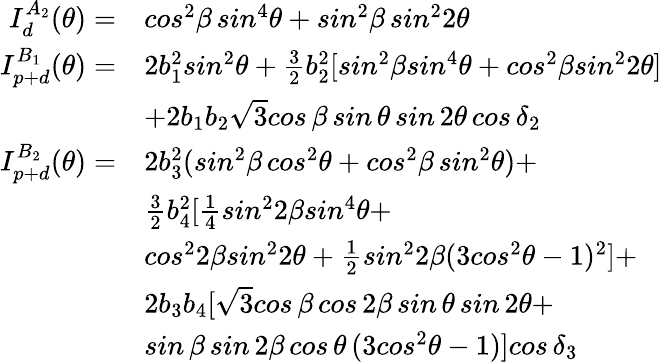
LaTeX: \begin{array}{rl}{I_{d}^{A_{2}}(\theta)=}&{cos^{2}\beta\, sin^{4}\theta+sin^{2}\beta\, sin^{2}2\theta}\\ {I_{p+d}^{B_{1}}(\theta)=}&{2b_{1}^{2}sin^{2}\theta+\frac{3}{2}b_{2}^{2}[sin^{2}\beta sin^{4}\theta+cos^{2}\beta sin^{2}2\theta]}\\ &{+2b_{1}b_{2}\sqrt{3}cos\, \beta\, sin\, \theta\, sin\, 2\theta\, cos\, \delta_{2}}\\ {I_{p+d}^{B_{2}}(\theta)=}&{2b_{3}^{2}(sin^{2}\beta\, cos^{2}\theta+cos^{2}\beta\, sin^{2}\theta)+}\\ &{\frac{3}{2}b_{4}^{2}[\frac{1}{4}sin^{2}2\beta sin^{4}\theta+}\\ &{cos^{2}2\beta sin^{2}2\theta+\frac{1}{2}sin^{2}2\beta(3cos^{2}\theta-1)^{2}]+}\\ &{2b_{3}b_{4}[\sqrt{3}cos\, \beta\, cos\, 2\beta\, sin\, \theta\, sin\, 2\theta+}\\ &{sin\, \beta\, sin\, 2\beta\, cos\, \theta\, (3cos^{2}\theta-1)]cos\, \delta_{3}}\end{array}